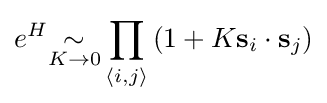
e^{H}{\underset {K\to 0}{\sim }}\prod _{\langle i,j\rangle }\left(1+K\mathbf {s} _{i}\cdot \mathbf {s} _{j}\right)